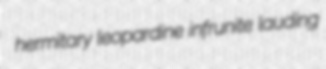
hermitary leopardine infrunite lauding